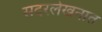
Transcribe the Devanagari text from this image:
सदरलेखनात